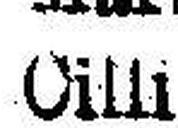
Cilli